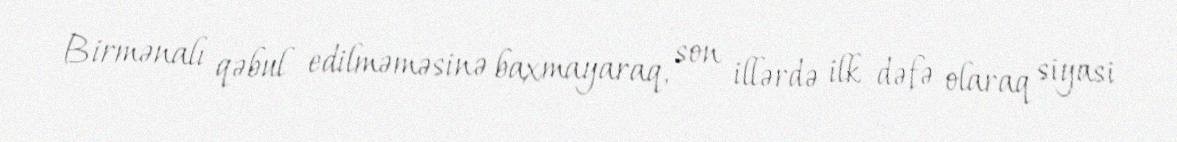
Birmənalı qəbul edilməməsinə baxmayaraq, son illərdə ilk dəfə olaraq siyasi